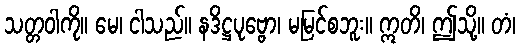
သတ္တဝါကို။ မေ၊ ငါသည်။ နဒိဋ္ဌပုဗ္ဗော၊ မမြင်စဘူး။ ဣတိ၊ ဤသို့။ တံ၊